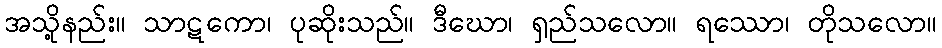
အသို့နည်း။ သာဋကော၊ ပုဆိုးသည်။ ဒီဃော၊ ရှည်သလော။ ရဿော၊ တိုသလော။